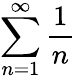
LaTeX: \sum_{n=1}^{\infty}{\frac{1}{n}}